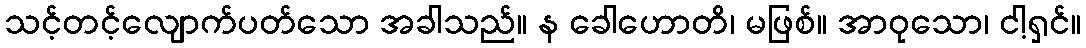
သင့်တင့်လျောက်ပတ်သော အခါသည်။ န ခေါဟောတိ၊ မဖြစ်။ အာဝုသော၊ ငါ့ရှင်။